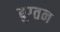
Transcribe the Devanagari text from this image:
बुग्तन